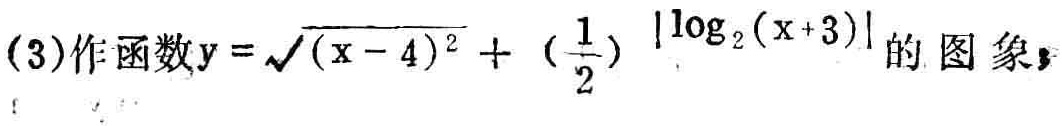
(3)作函数\(y = \sqrt{(x - 4)^{2}}+(\frac{1}{2})^{|\log_{2}(x + 3)|}\)的图象；